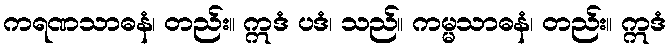
ကရဏသာဓနံ၊ တည်း။ ဣဒံ ပဒံ၊ သည်။ ကမ္မသာဓနံ၊ တည်း။ ဣဒံ